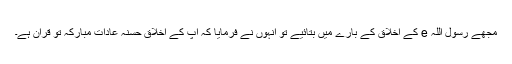
مجھے رسول اللہ e کے اخلاق کے بارے میں بتائیے تو انہوں نے فرمایا کہ آپ کے اخلاق حسنہ عادات مبارکہ تو قرآن ہے۔